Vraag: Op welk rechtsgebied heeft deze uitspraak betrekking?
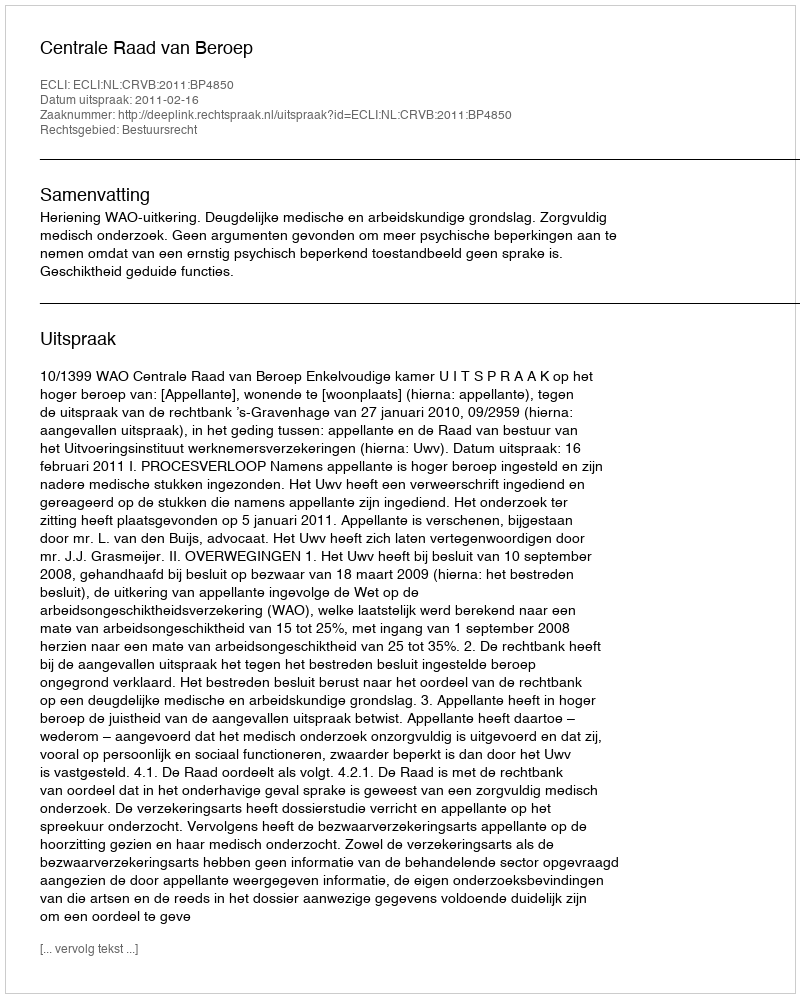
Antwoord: Bestuursrecht